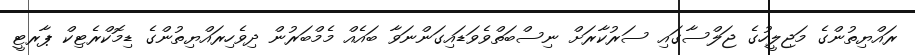
ރައްޔިތުންގެ މަޖިލީހުގެ ޖަލްސާގައި ސަރުކާރަށް ނިސްބަތްވެވަޑައިގަންނަވާ ބައެއް މެމްބަރުން ދިވެހިރައްޔިތުންގެ ޑިމޮކްރެޓިކް ޕާރޓީ